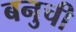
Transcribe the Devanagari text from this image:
बनुची